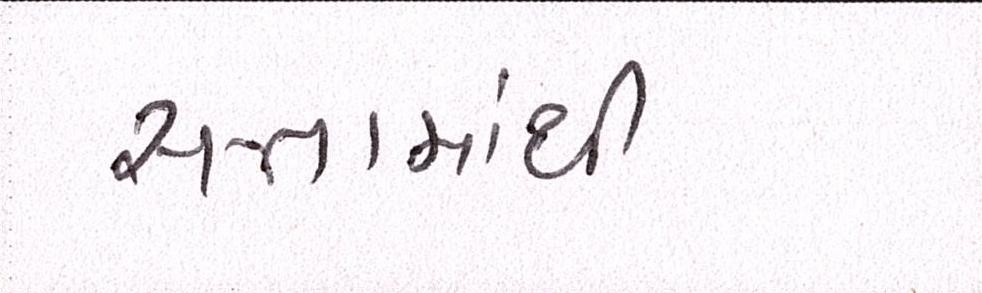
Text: સત્તામાંથી